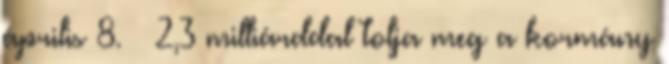
április 8. ↑ 2,3 milliárddal tolja meg a kormány